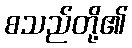
စသည်တို့၏